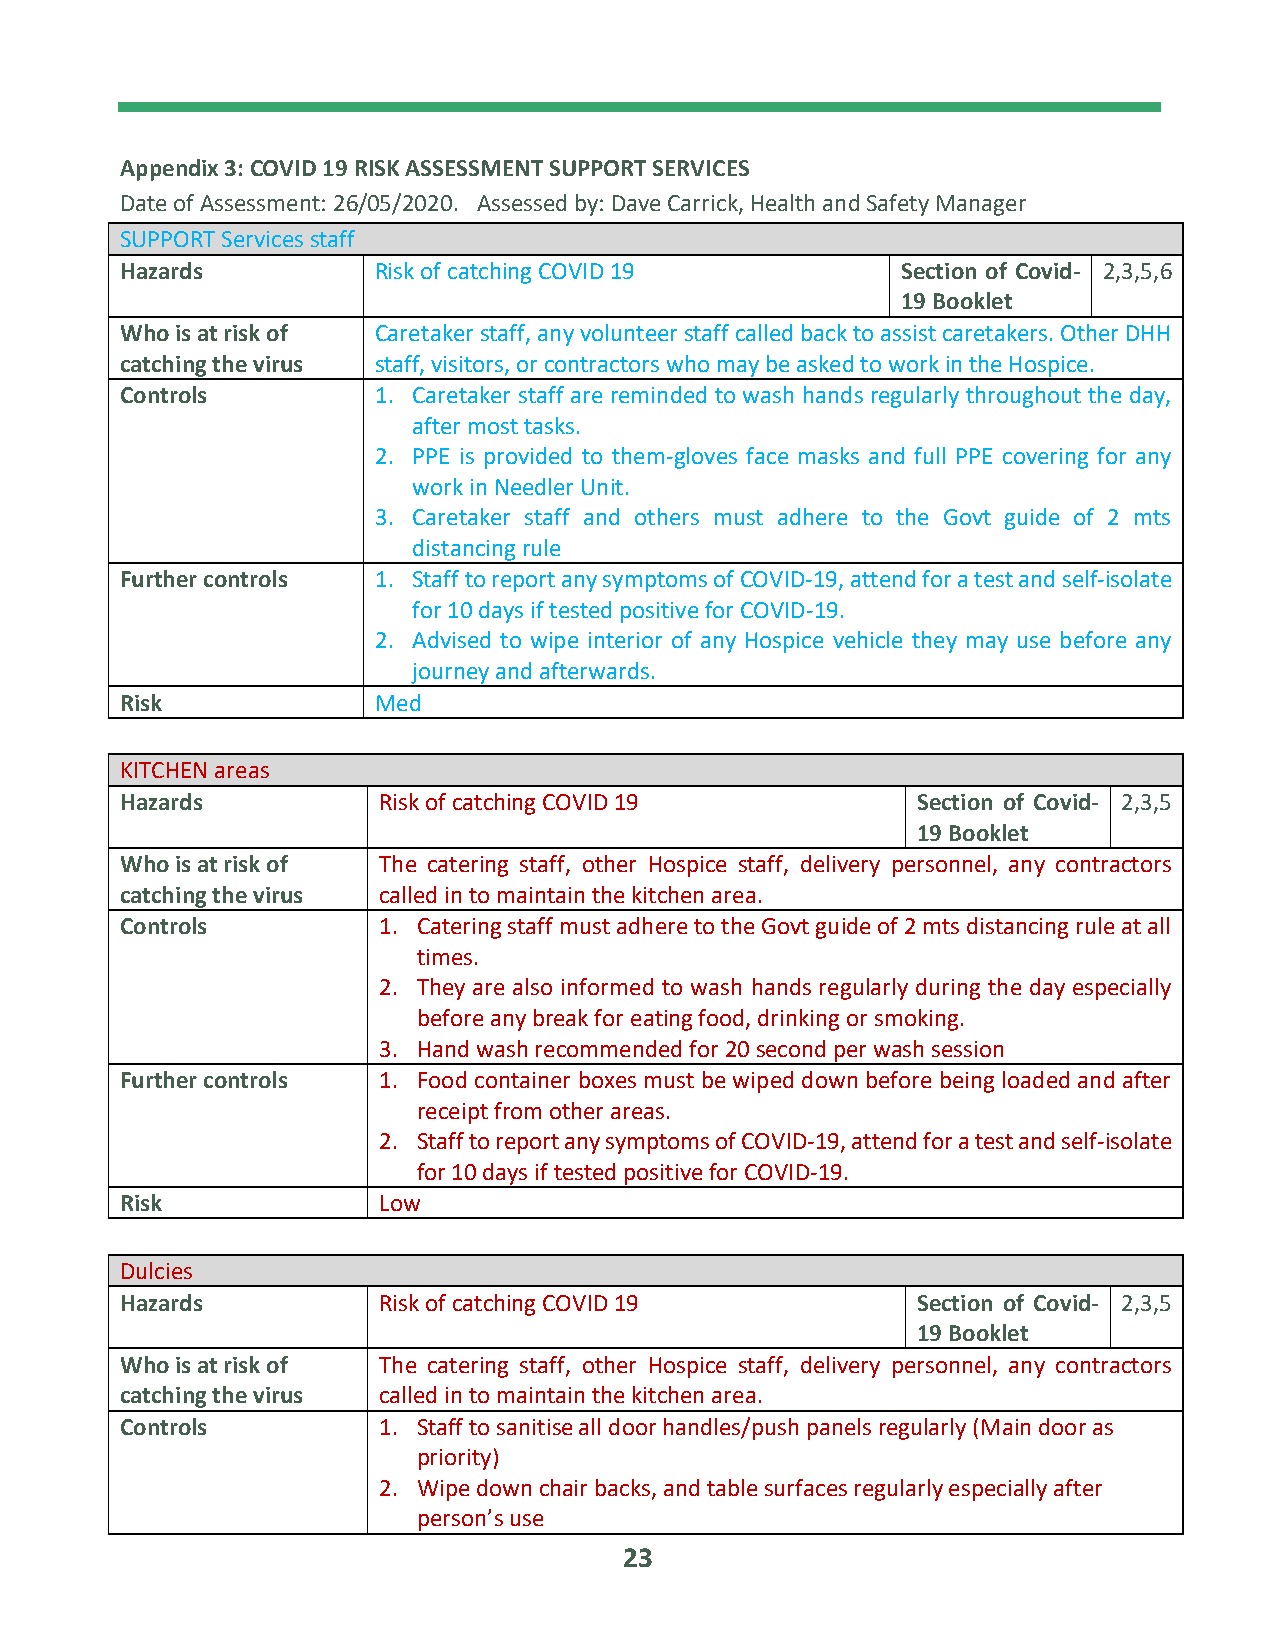
Appendix 3: COVID 19 RISK ASSESSMENT SUPPORT SERVICES
 Date of Assessment: 26/05/2020. Assessed by: Dave Carrick, Health and Safety Manager
 SUPPORT Services staff
 Hazards          Risk of catching COVID 19          Section of Covid- 2,3,5,6
 19 Booklet
 Who is at risk of Caretaker staff, any volunteer staff called back to assist caretakers. Other DHH
 catching the virus staff, visitors, or contractors who may be asked to work in the Hospice.
 Controls         1. Caretaker staff are reminded to wash hands regularly throughout the day,
 after most tasks.
 2. PPE is provided to them-gloves face masks and full PPE covering for any
 work in Needler Unit.
 3. Caretaker staff and others must adhere to the Govt guide of 2 mts
 distancing rule
 Further controls 1. Staff to report any symptoms of COVID-19, attend for a test and self-isolate
 for 10 days if tested positive for COVID-19.
 2. Advised to wipe interior of any Hospice vehicle they may use before any
 journey and afterwards.
 Risk             Med
 KITCHEN areas
 Hazards          Risk of catching COVID 19           Section of Covid- 2,3,5
 19 Booklet
 Who is at risk of The catering staff, other Hospice staff, delivery personnel, any contractors
 catching the virus called in to maintain the kitchen area.
 Controls         1. Catering staff must adhere to the Govt guide of 2 mts distancing rule at all
 times.
 2. They are also informed to wash hands regularly during the day especially
 before any break for eating food, drinking or smoking.
 3. Hand wash recommended for 20 second per wash session
 Further controls 1. Food container boxes must be wiped down before being loaded and after
 receipt from other areas.
 2. Staff to report any symptoms of COVID-19, attend for a test and self-isolate
 for 10 days if tested positive for COVID-19.
 Risk             Low
 Dulcies
 Hazards          Risk of catching COVID 19           Section of Covid- 2,3,5
 19 Booklet
 Who is at risk of The catering staff, other Hospice staff, delivery personnel, any contractors
 catching the virus called in to maintain the kitchen area.
 Controls         1. Staff to sanitise all door handles/push panels regularly (Main door as
 priority)
 2. Wipe down chair backs, and table surfaces regularly especially after
 person’s use
 23